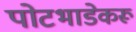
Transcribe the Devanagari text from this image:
पोटभाडेकरू